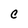
Character: C